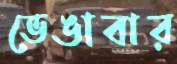
ভেঙাবার